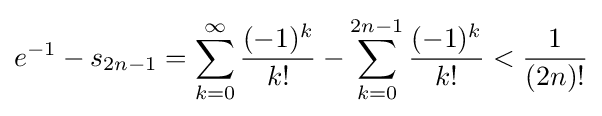
e^{-1}-s_{2n-1}=\sum _{k=0}^{\infty }{\frac {(-1)^{k}}{k!}}-\sum _{k=0}^{2n-1}{\frac {(-1)^{k}}{k!}}<{\frac {1}{(2n)!}}